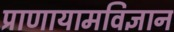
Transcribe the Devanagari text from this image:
प्राणायामविज्ञान